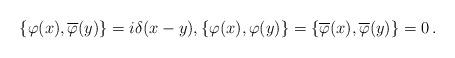
LaTeX: \begin{align*}\{\varphi(x),\overline{\varphi}(y)\} = i\delta(x-y), \{\varphi(x),\varphi(y)\} = \{\overline{\varphi}(x),\overline{\varphi}(y)\} = 0\,.\end{align*}